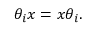
\theta _ { i } x = x \theta _ { i } .